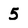
Character: 5